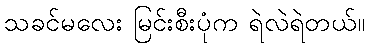
သခင်မလေး မြင်းစီးပုံက ရဲလဲရဲတယ်။